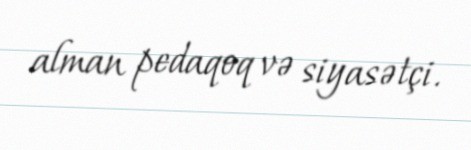
alman pedaqoq və siyasətçi.